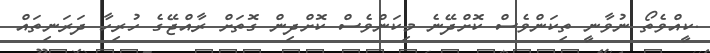
.ކީއްވެތޯ ނުވާނީ ތިކަންވެސް ކޮށްދޭނެ މިކަންވެސް ކޮށްދިން ގޮތަށް ރާއްޖޭގެ ހުރިހާ ދަރަނިތައް